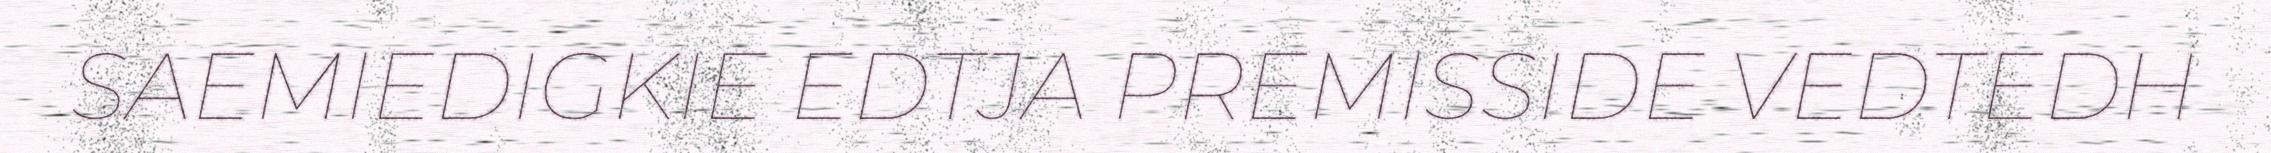
SAEMIEDIGKIE EDTJA PREMISSIDE VEDTEDH